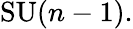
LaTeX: \mathrm{SU}(n-1).